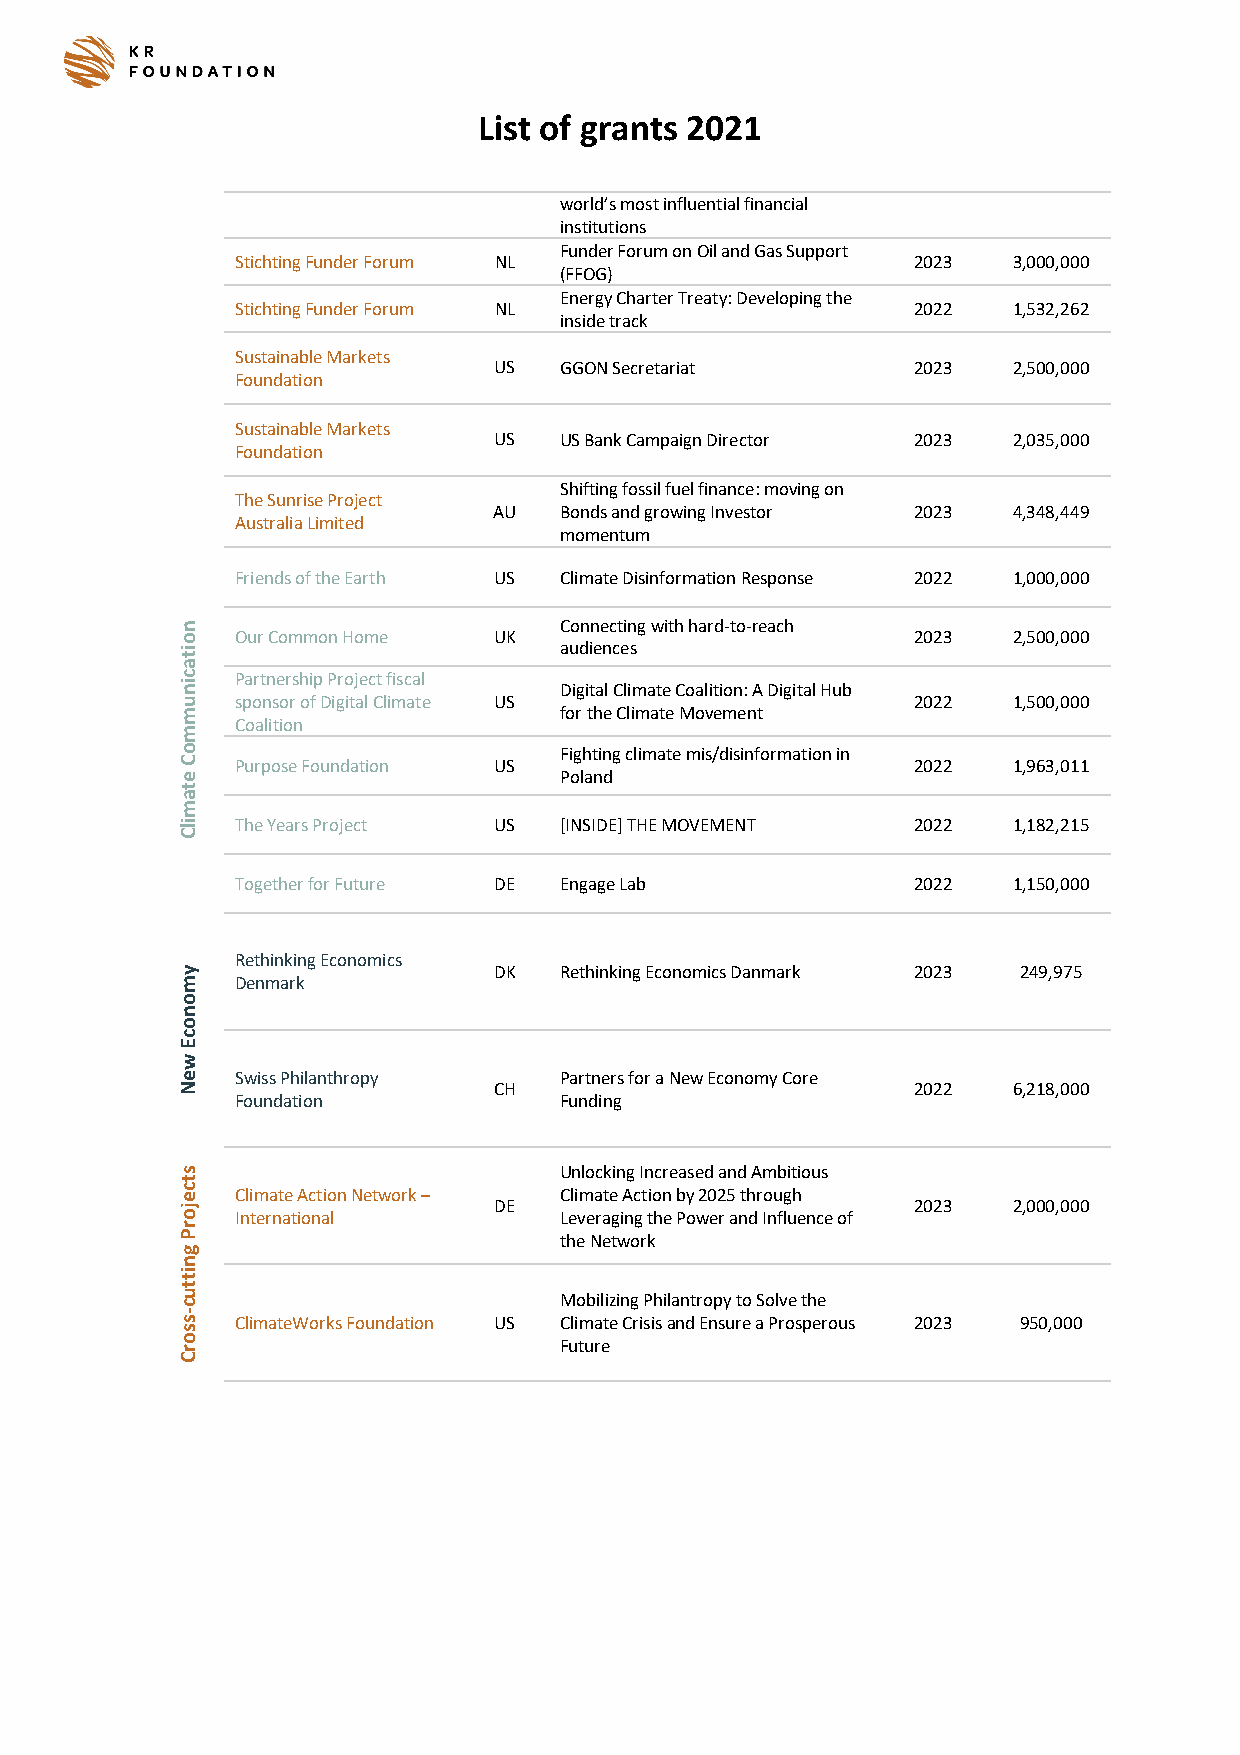
List of grants 2021
 world’s most influential financial
 institutions
 Funder Forum on Oil and Gas Support
 Stichting Funder Forum NL                    2023  3,000,000
 (FFOG)
 Energy Charter Treaty: Developing the
 Stichting Funder Forum NL                    2022  1,532,262
 inside track
 Sustainable Markets
 US  GGON Secretariat        2023  2,500,000
 Foundation
 Sustainable Markets
 US  US Bank Campaign Director 2023 2,035,000
 Foundation
 Shifting fossil fuel finance: moving on
 The Sunrise Project
 AU  Bonds and growing Investor 2023 4,348,449
 Australia Limited
 momentum
 Friends of the Earth US Climate Disinformation Response 2022 1,000,000
 Connecting with hard-to-reach
 Our Common Home  UK                          2023  2,500,000
 audiences
 Partnership Project fiscal
 Digital Climate Coalition: A Digital Hub
 sponsor of Digital Climate US                2022  1,500,000
 for the Climate Movement
 Coalition
 Fighting climate mis/disinformation in
 Purpose Foundation US                        2022  1,963,011
 Poland
 The Years Project US [INSIDE] THE MOVEMENT   2022  1,182,215
 Together for Future DE Engage Lab            2022  1,150,000
 Rethinking Economics
 DK  Rethinking Economics Danmark 2023 249,975
 Denmark
 Swiss Philanthropy   Partners for a New Economy Core
 CH                          2022  6,218,000
 Foundation           Funding
 Unlocking Increased and Ambitious
 Climate Action Network – Climate Action by 2025 through
 DE                          2023  2,000,000
 International        Leveraging the Power and Influence of
 the Network
 Mobilizing Philantropy to Solve the
 ClimateWorks Foundation US Climate Crisis and Ensure a Prosperous 2023 950,000
 Future
 noitacinummoC
 etamilC
 ymonocE
 weN
 stcejorP
 gnittuc-ssorC